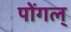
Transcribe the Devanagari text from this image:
पोंगल्